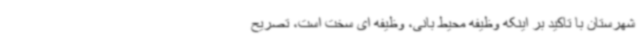
شهرستان با تاکید بر اینکه وظیفه محیط بانی، وظیفه ای سخت است، تصریح